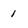
Character: 1